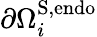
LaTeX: \partial\Omega_{i}^{\mathrm{S},\mathrm{endo}}